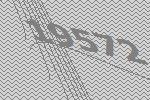
19572